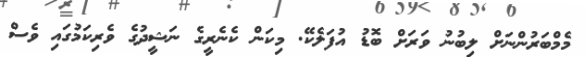
މެމްބަރުންނަށް ލިބުނު ވަރަށް ބޮޑު އުފަލެކޭ. މިކަން ކެނެރީގެ ނަޝީދުގެ ވެރިކަމުގައި ވެސް